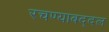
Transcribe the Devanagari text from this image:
रचण्याबद्दल